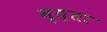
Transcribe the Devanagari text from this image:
मुत्ता